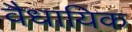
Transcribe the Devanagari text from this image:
वैधायिक